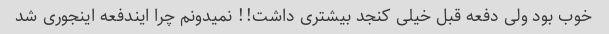
خوب بود ولی دفعه قبل خیلی کنجد بیشتری داشت!! نمیدونم چرا ایندفعه اینجوری شد